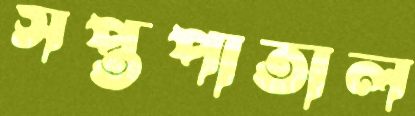
সপ্তপাতাল